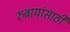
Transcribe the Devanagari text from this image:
रुबायांसाठी